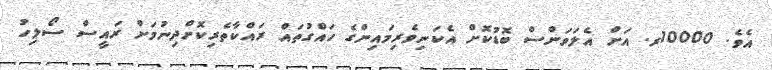
އެވެ. 10000ރ. އަށް އެލަވަންސް ބޮޑުކޮށް އެކަނިވެރިމައިންގެ ހައްގުތައް ރައްކާތެރިކޮށްދިނުމަށް ރައީސް ސޯލިހު